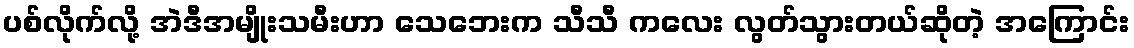
ပစ်လိုက်လို့ အဲဒီအမျိုးသမီးဟာ သေဘေးက သီသီ ကလေး လွတ်သွားတယ်ဆိုတဲ့ အကြောင်း